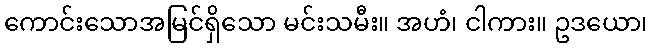
ကောင်းသောအမြင်ရှိသော မင်းသမီး။ အဟံ၊ ငါကား။ ဥဒယော၊